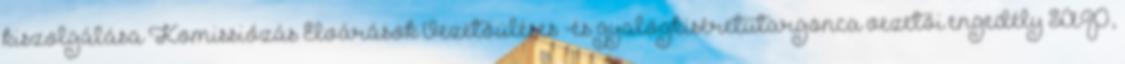
kiszolgálása Komissiózás Elvárások Vezetőüléses -és gyalogkíséretűtargonca vezetői engedély SAP,